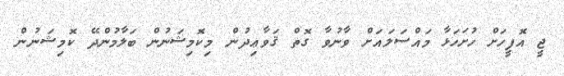
ޖީ އޮފީހަށް ހުށަހަޅާ މައްސަލައަށް ވާނުވާ ގޮތް ޤަވާޢިދުން މިކޮމިޝަނުން ބަލާމުންދޭ ކޮމިޝަނުން